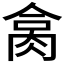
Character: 𦚷